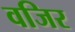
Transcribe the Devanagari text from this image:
वजिर